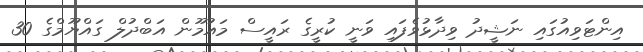
އިންޓަވިއުގައި ނަޝީދު ވިދާޅުވެފައި ވަނީ ކުރީގެ ރައީސް މައުމޫން އަބްދުލް ގައްޔޫމްގެ 30